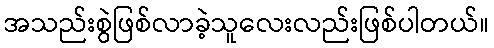
အသည်းစွဲဖြစ်လာခဲ့သူလေးလည်းဖြစ်ပါတယ်။